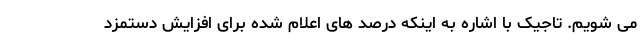
می شویم. تاجیک با اشاره به اینکه درصد های اعلام شده برای افزایش دستمزد